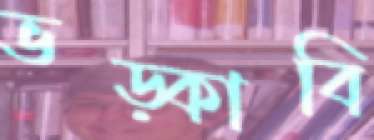
ভড়্‌কাবি